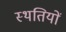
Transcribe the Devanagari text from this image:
स्‍थतियों